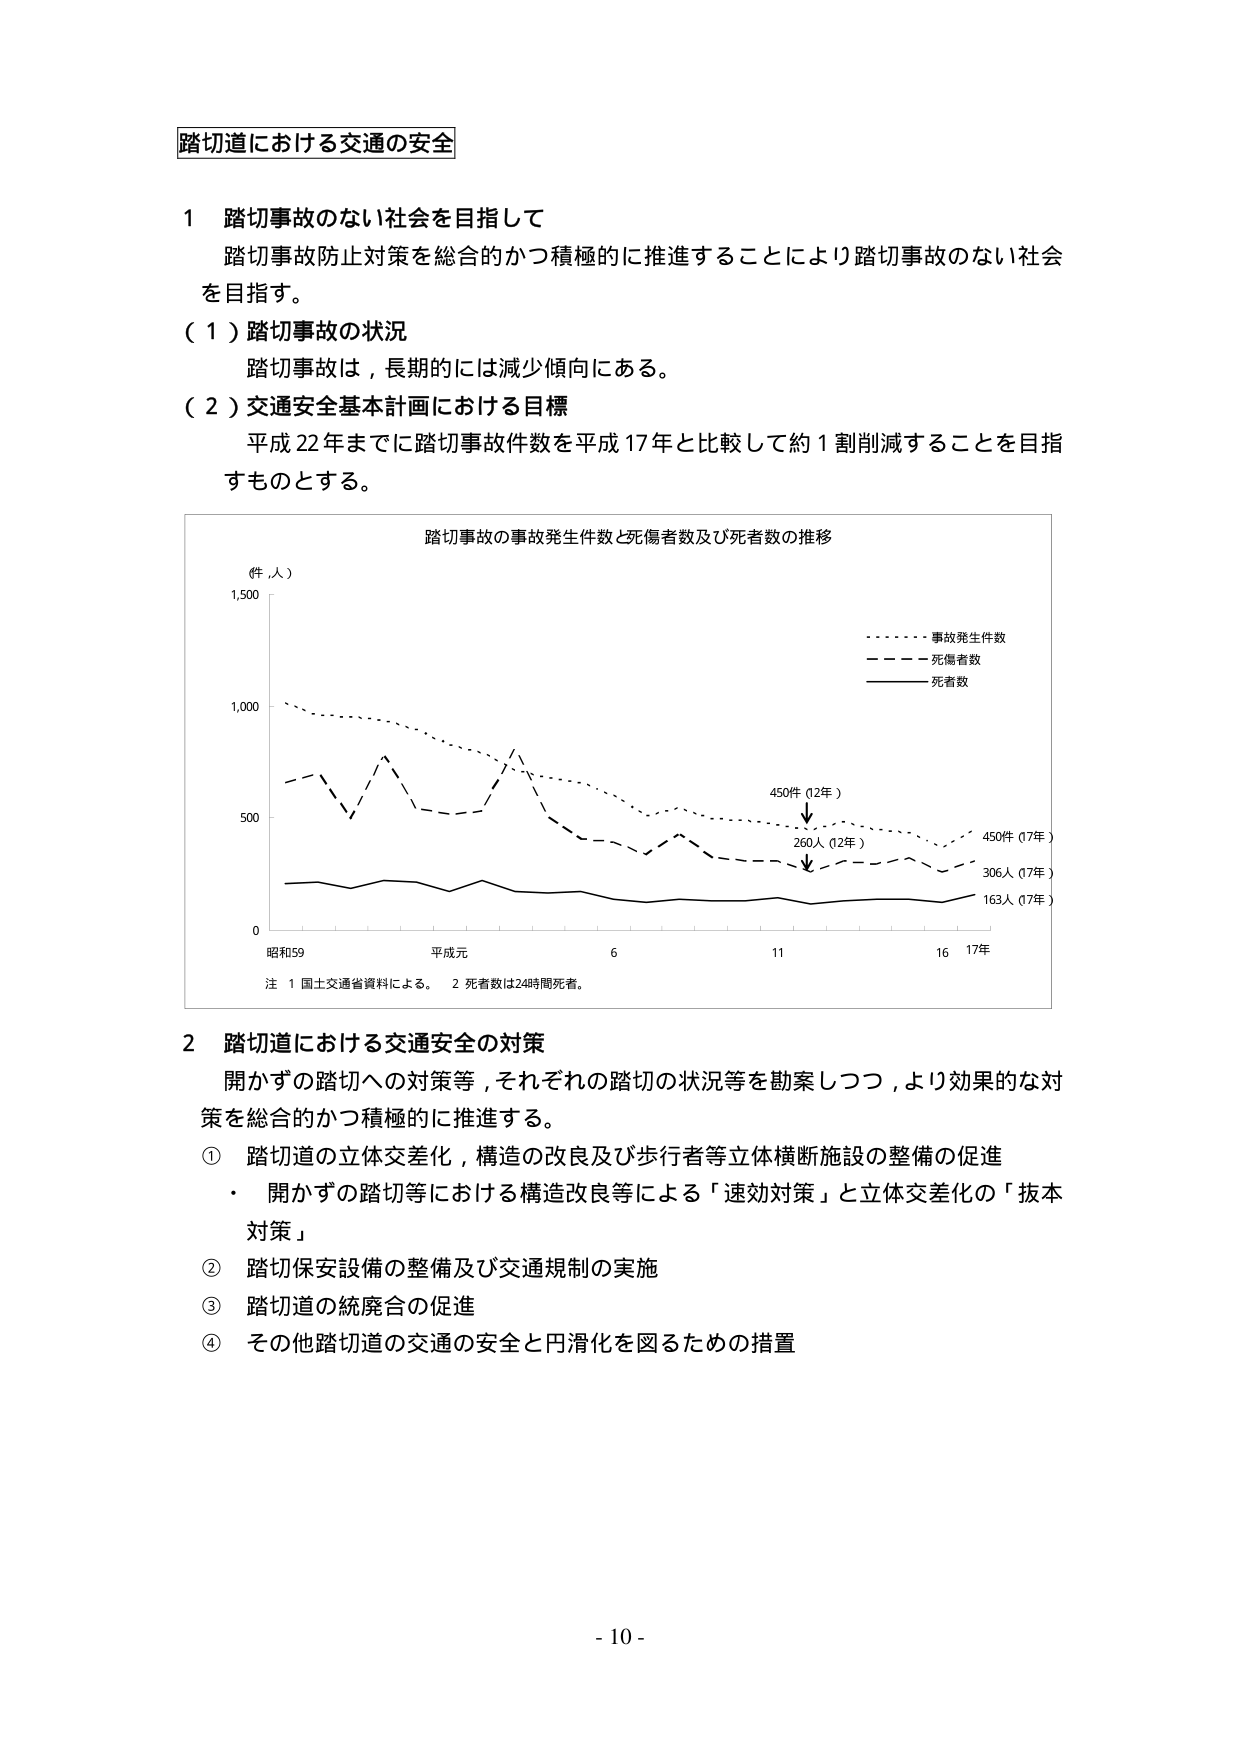
踏切道における交通の安全

１ 踏切事故のない社会を目指して
踏切事故防止対策を総合的かつ積極的に推進することにより踏切事故のない社会を目指す。

（１）踏切事故の状況
踏切事故は，長期的には減少傾向にある。

（２）交通安全基本計画における目標
平成22年までに踏切事故件数を平成17年と比較して約1割削減することを目指すものとする。

踏切事故の事故発生件数と死傷者数及び死者数の推移
（件，人）
1,500
1,000
500
0
昭和59 平成元 6 11 16 17年
・ 事故発生件数
・ 死傷者数
・ 死者数
450件（12年）
250人（12年）
450件（17年）
306人（17年）
163人（17年）
注 1 国土交通省資料による。 2 死者数は24時間死者。

２ 踏切道における交通安全の対策
開かずの踏切への対策等，それぞれの踏切の状況等を勘案しつつ，より効果的な対策を総合的かつ積極的に推進する。

① 踏切道の立体交差化，構造の改良及び歩行者等立体横断施設の整備の促進
・ 開かずの踏切等における構造改良等による「速効対策」と立体交差化の「抜本対策」

② 踏切保安設備の整備及び交通規制の実施

③ 踏切道の統廃合の促進

④ その他踏切道の交通の安全と円滑化を図るための措置

- 10 -